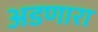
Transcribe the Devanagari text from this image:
अडणारा